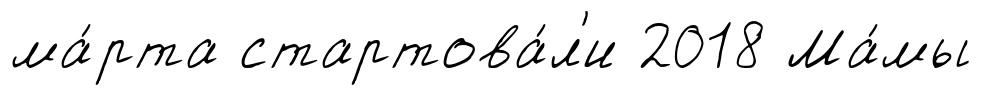
ма́рта стартова́л'и 2018 Ма́мы